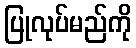
ပြုလုပ်မည်ကို